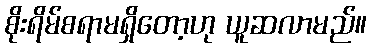
စိုးရိမ်စရာမရှိတော့ဟု ယူဆလာမည်။